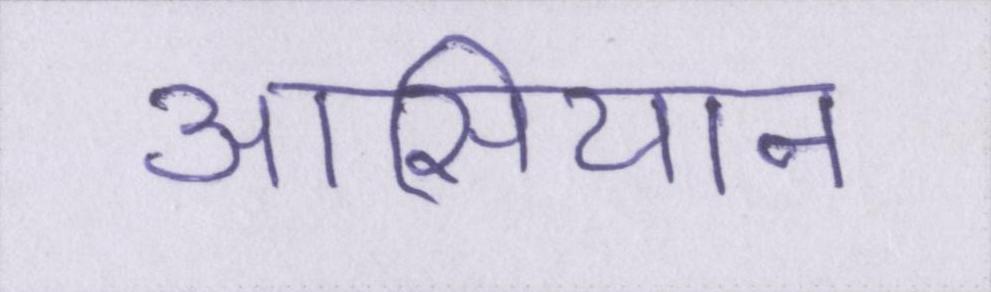
आसियान